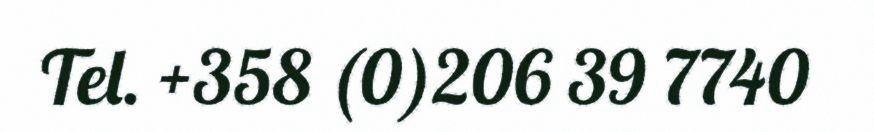
Tel. +358 (0)206 39 7740